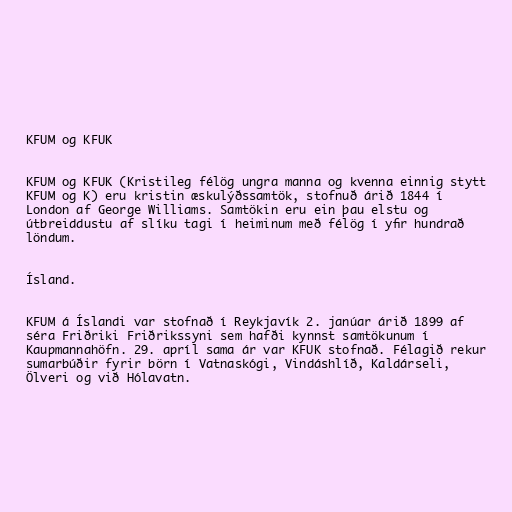
KFUM og KFUK

KFUM og KFUK (Kristileg félög ungra manna og kvenna einnig stytt
KFUM og K) eru kristin æskulýðssamtök, stofnuð árið 1844 í
London af George Williams. Samtökin eru ein þau elstu og
útbreiddustu af slíku tagi í heiminum með félög í yfir hundrað
löndum.

Ísland.

KFUM á Íslandi var stofnað í Reykjavík 2. janúar árið 1899 af
séra Friðriki Friðrikssyni sem hafði kynnst samtökunum í
Kaupmannahöfn. 29. apríl sama ár var KFUK stofnað. Félagið rekur
sumarbúðir fyrir börn í Vatnaskógi, Vindáshlíð, Kaldárseli,
Ölveri og við Hólavatn.